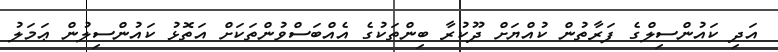
އަދި ކައުންސިލްގެ ފަރާތުން ކުއްޔަށް ދޫކުރާ ބިންތަކުގެ އެއްބަސްވުންތަކަށް އަތޮޅު ކައުންސިލުން ޢަމަލު